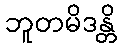
ဘူတမိဒန္တိ